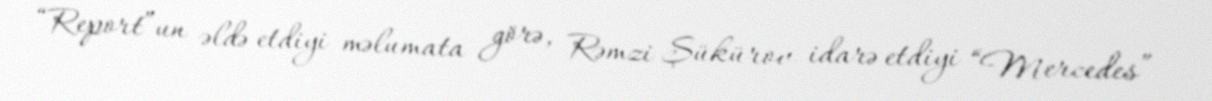
“Report”un əldə etdiyi məlumata görə, Rəmzi Şükürov idarə etdiyi “Mercedes”